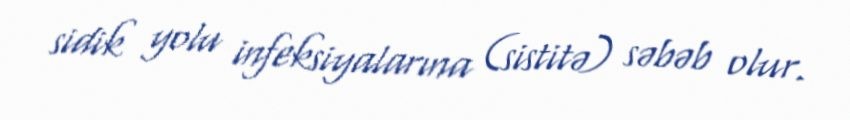
sidik yolu infeksiyalarına (sistitə) səbəb olur.